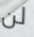
لن